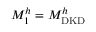
M _ { 1 } ^ { h } = M _ { \mathrm { D K D } } ^ { h }